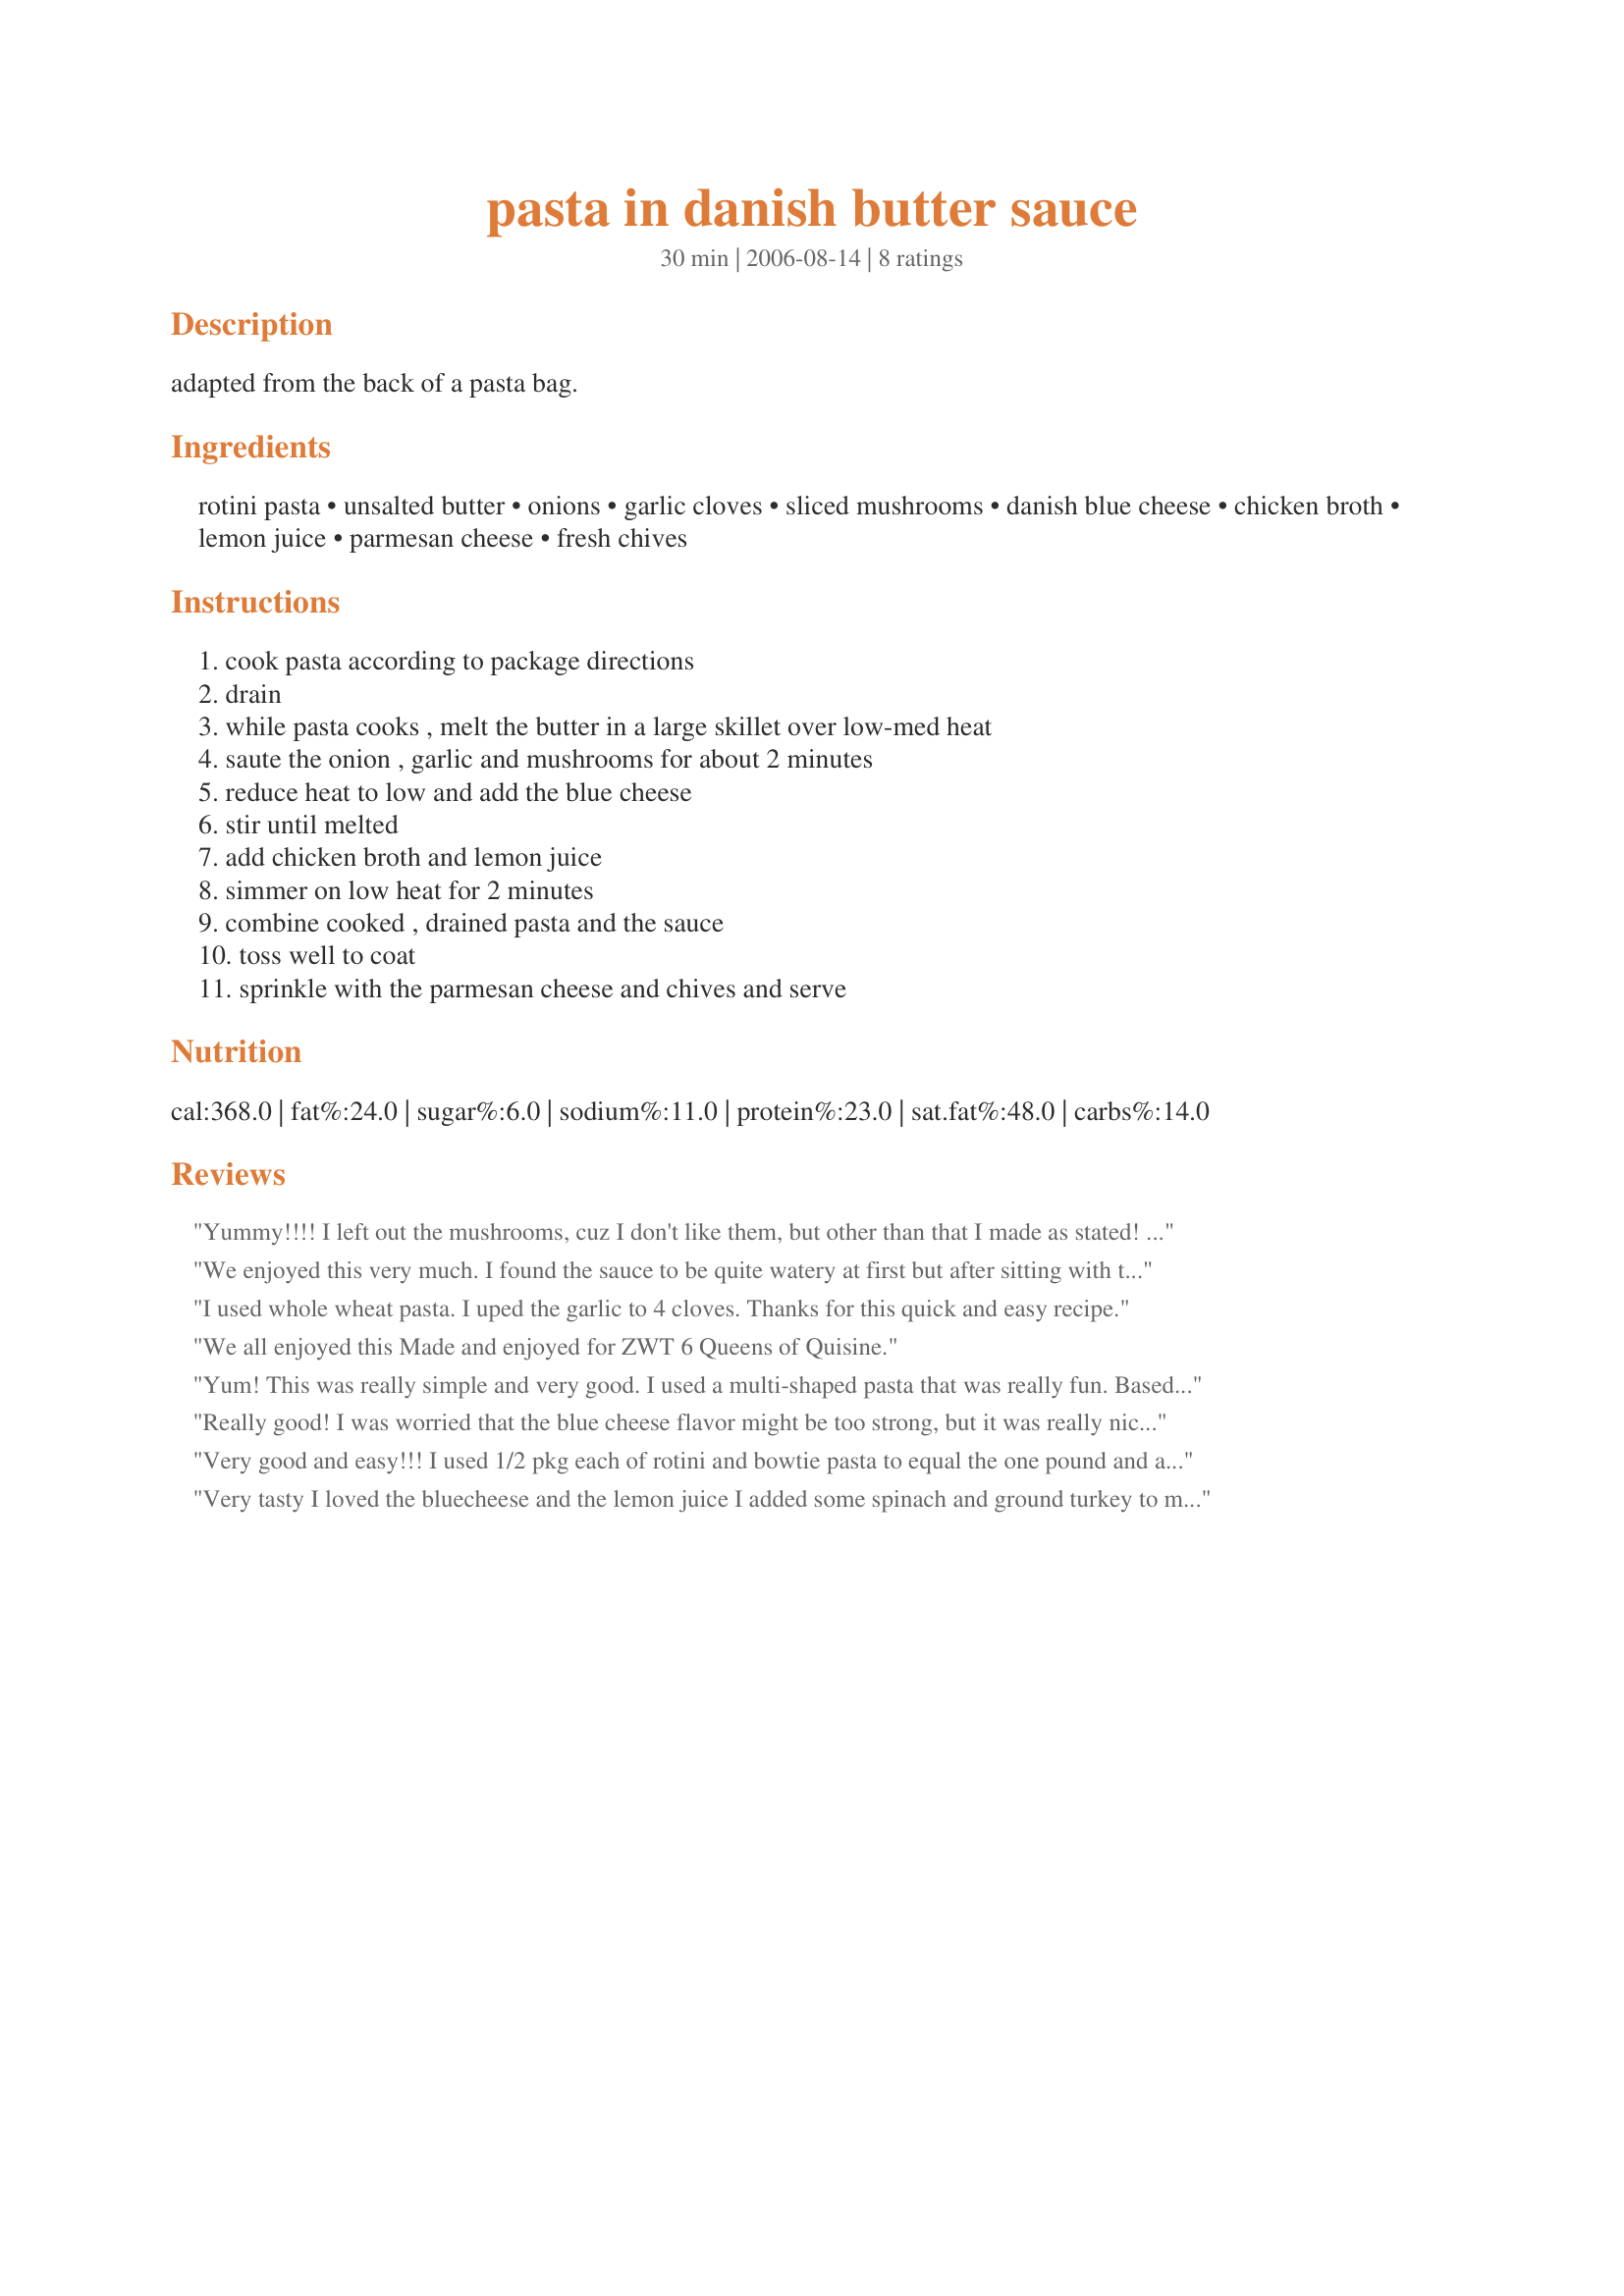
pasta in danish butter sauce
Preparation time: 30 minutes

adapted from the back of a pasta bag.

Ingredients:
rotini pasta, unsalted butter, onions, garlic cloves, sliced mushrooms, danish blue cheese, chicken broth, lemon juice, parmesan cheese, fresh chives

Steps:
cook pasta according to package directions, drain, while pasta cooks , melt the butter in a large skillet over low-med heat, saute the onion , garlic and mushrooms for about 2 minutes, reduce heat to low and add the blue cheese, stir until melted, add chicken broth and lemon juice, simmer on low heat for 2 minutes, combine cooked , drained pasta and the sauce, toss well to coat, sprinkle with the parmesan cheese and chives and serve

Reviews:
Yummy!!!! I left out the mushrooms, cuz I don't like them, but other than that I made as stated! Thanks Parsley!
We enjoyed this very much. I found the sauce to be quite watery at first but after sitting with the pasta in it it did thicken up. I think the pasta had time to take on some of the sauce. The mushrooms were really juicy, I cut them quite chunky. Next time I will definitely add more blue cheese to increase the flavour.
I used whole wheat pasta. I uped the garlic to 4 cloves. 
 Thanks for this quick and easy recipe.
We all enjoyed this Made and enjoyed for ZWT 6 Queens of Quisine.
Yum! This was really simple and very good. I used a multi-shaped pasta that was really fun. Based on other reviews, I added a little more Danish blue cheese and glad that I did. Thanks Parsley for a nice meal. Made by an Unruly Under the Influence for ZWT6.
Really good! I was worried that the blue cheese flavor might be too strong, but it was really nice (if you really love blue cheese, you may even want to add more). I added some fresh, chopped spinach leaves for color, and I didn't use the full amount of pasta (I like a lot of sauce). As noted by other reviewers, the sauce will seem too thin at first, but it thickens considerably if you let it sit for a few minutes after adding the pasta. Thanks for sharing!
Very good and easy!!! I used 1/2 pkg each of rotini and bowtie pasta to equal the one pound and also subbed in vegetable broth in stead of the chicken broth. Thanks for sharing!
Very tasty I loved the bluecheese and the lemon juice I added some spinach and ground turkey to mine a little less Danish but I thought this was a really versitale pasta dish that you can add anything too. Thanks Parsley.
